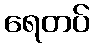
ရေတပ်